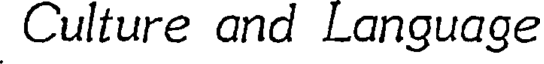
Culture and Language